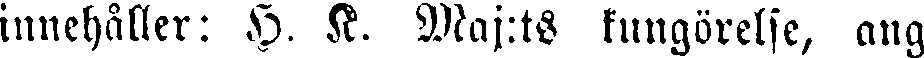
innehåller: H. K. Maj:ts kungörelse, ang